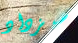
سيزداد